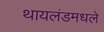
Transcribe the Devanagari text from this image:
थायलंडमधले